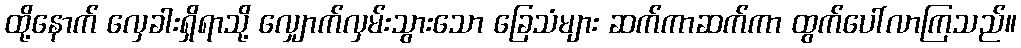
ထို့နောက် လှေခါးရှိရာသို့ လျှောက်လှမ်းသွားသော ခြေသံများ ဆက်ကာဆက်ကာ ထွက်ပေါ်လာကြသည်။